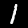
Digit: 1